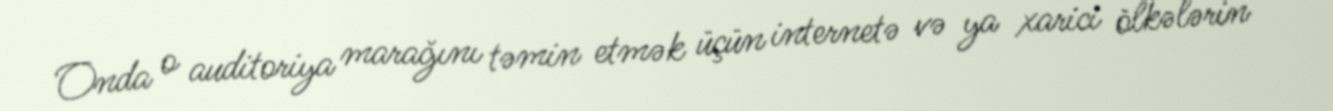
Onda o auditoriya marağını təmin etmək üçün internetə və ya xarici ölkələrin